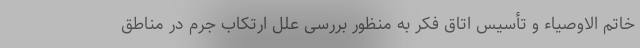
خاتم الاوصیاء و تأسیس اتاق فکر به منظور بررسی علل ارتکاب جرم در مناطق